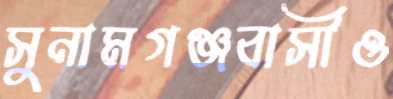
সুনামগঞ্জবাসীও